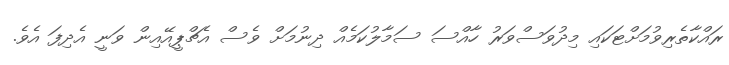
ރައްކާތެރިވުމަށްޓަކައި މިދުވަސްވަރު ހާއްސަ ސަމާލުކަމެއް ދިނުމަށް ވެސް އެޗްޕީއޭއިން ވަނީ އެދިފަ އެވެ.